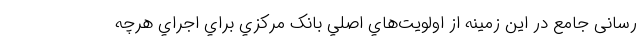
رسانی جامع در اين زمينه از اولويت‌هاي اصلي بانک مركزي براي اجراي هرچه